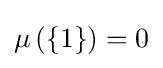
\mu \left(\{1\}\right)=0